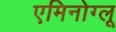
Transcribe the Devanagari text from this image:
एमिनोग्लू